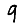
Digit: 9